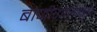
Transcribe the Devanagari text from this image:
बाजीरावाकडून